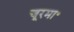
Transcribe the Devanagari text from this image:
चूरमा॰